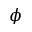
\phi